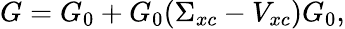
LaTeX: G=G_{0}+G_{0}(\Sigma_{xc}-V_{xc})G_{0},